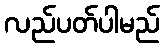
လည်ပတ်ပါမည်